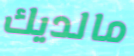
مالديك